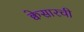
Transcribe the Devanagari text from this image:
क्वेसारची